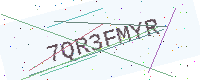
Text: 7QR3FMYR